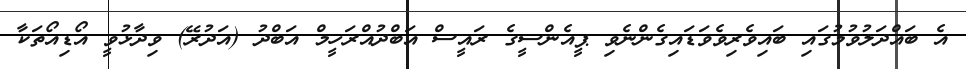
އެ ބައްދަލުވުމުގައި ބައިވެރިވެވަޑައިގެންނެވި ޕީއެންސީގެ ރައީސް އަބްދުއްރަހީމް އަބްދު (އަދުރޭ) ވިދާޅުވީ އޯޑިއޯތަކާ